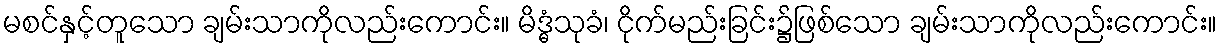
မစင်နှင့်တူသော ချမ်းသာကိုလည်းကောင်း။ မိဒ္ဓံသုခံ၊ ငိုက်မည်းခြင်း၌ဖြစ်သော ချမ်းသာကိုလည်းကောင်း။